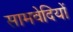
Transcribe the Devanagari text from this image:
सामवेदियों